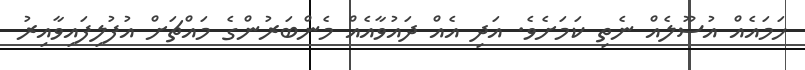
ހަމައެއް އުސޫލެއް ނެތި ކަމަށެވެ. އަދި އެއް ދައުވާއެއް މެންބަރުންގެ މައްޗަށް އުފުލިފައިވާއިރު